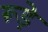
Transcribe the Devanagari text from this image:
रूड़े